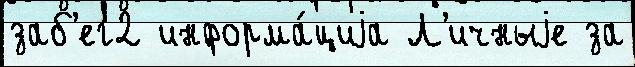
заб'ег2 информа́циjа Л'ичныjе за